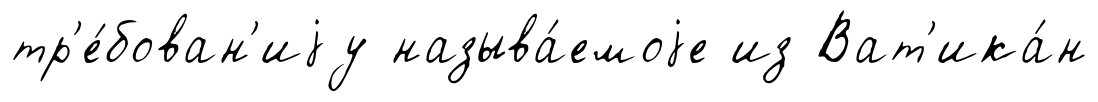
тр'е́бован'иjу называ́емоjе из Ват'ика́н